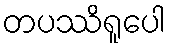
တပဿိရူပေါ